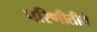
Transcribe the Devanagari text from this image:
परिणीतीने